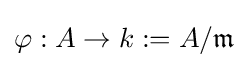
\varphi :A\to k:=A/{\mathfrak {m}}